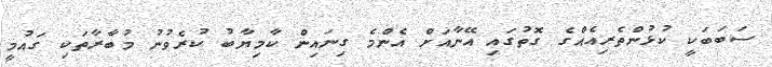
ސަބަބަކީ ކުޅުންތެރިއެއްގެ ގޮތުގައި އޭނާއަށް އެންމެ ގިނައިން ކާމިޔާބު ކުރެވުނު މުބާރާތަކި ގައުމީ